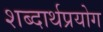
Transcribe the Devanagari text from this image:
शब्दार्थप्रयोग